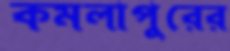
কমলাপুরের